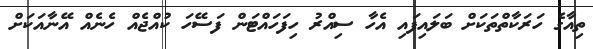
ތިއާގެ ހަރަކާތްތަކަށް ބަލައިފައި އެހާ ސިއްރު ހިފަހައްޓަން ފަސޭހަ ކުއްޖެއް ހެނެއް އޭނާއަކަށް